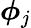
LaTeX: \boldsymbol{\phi}_{j}